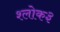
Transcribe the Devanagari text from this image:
श्लोक३